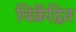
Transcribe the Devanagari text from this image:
विक्रेंद्रित